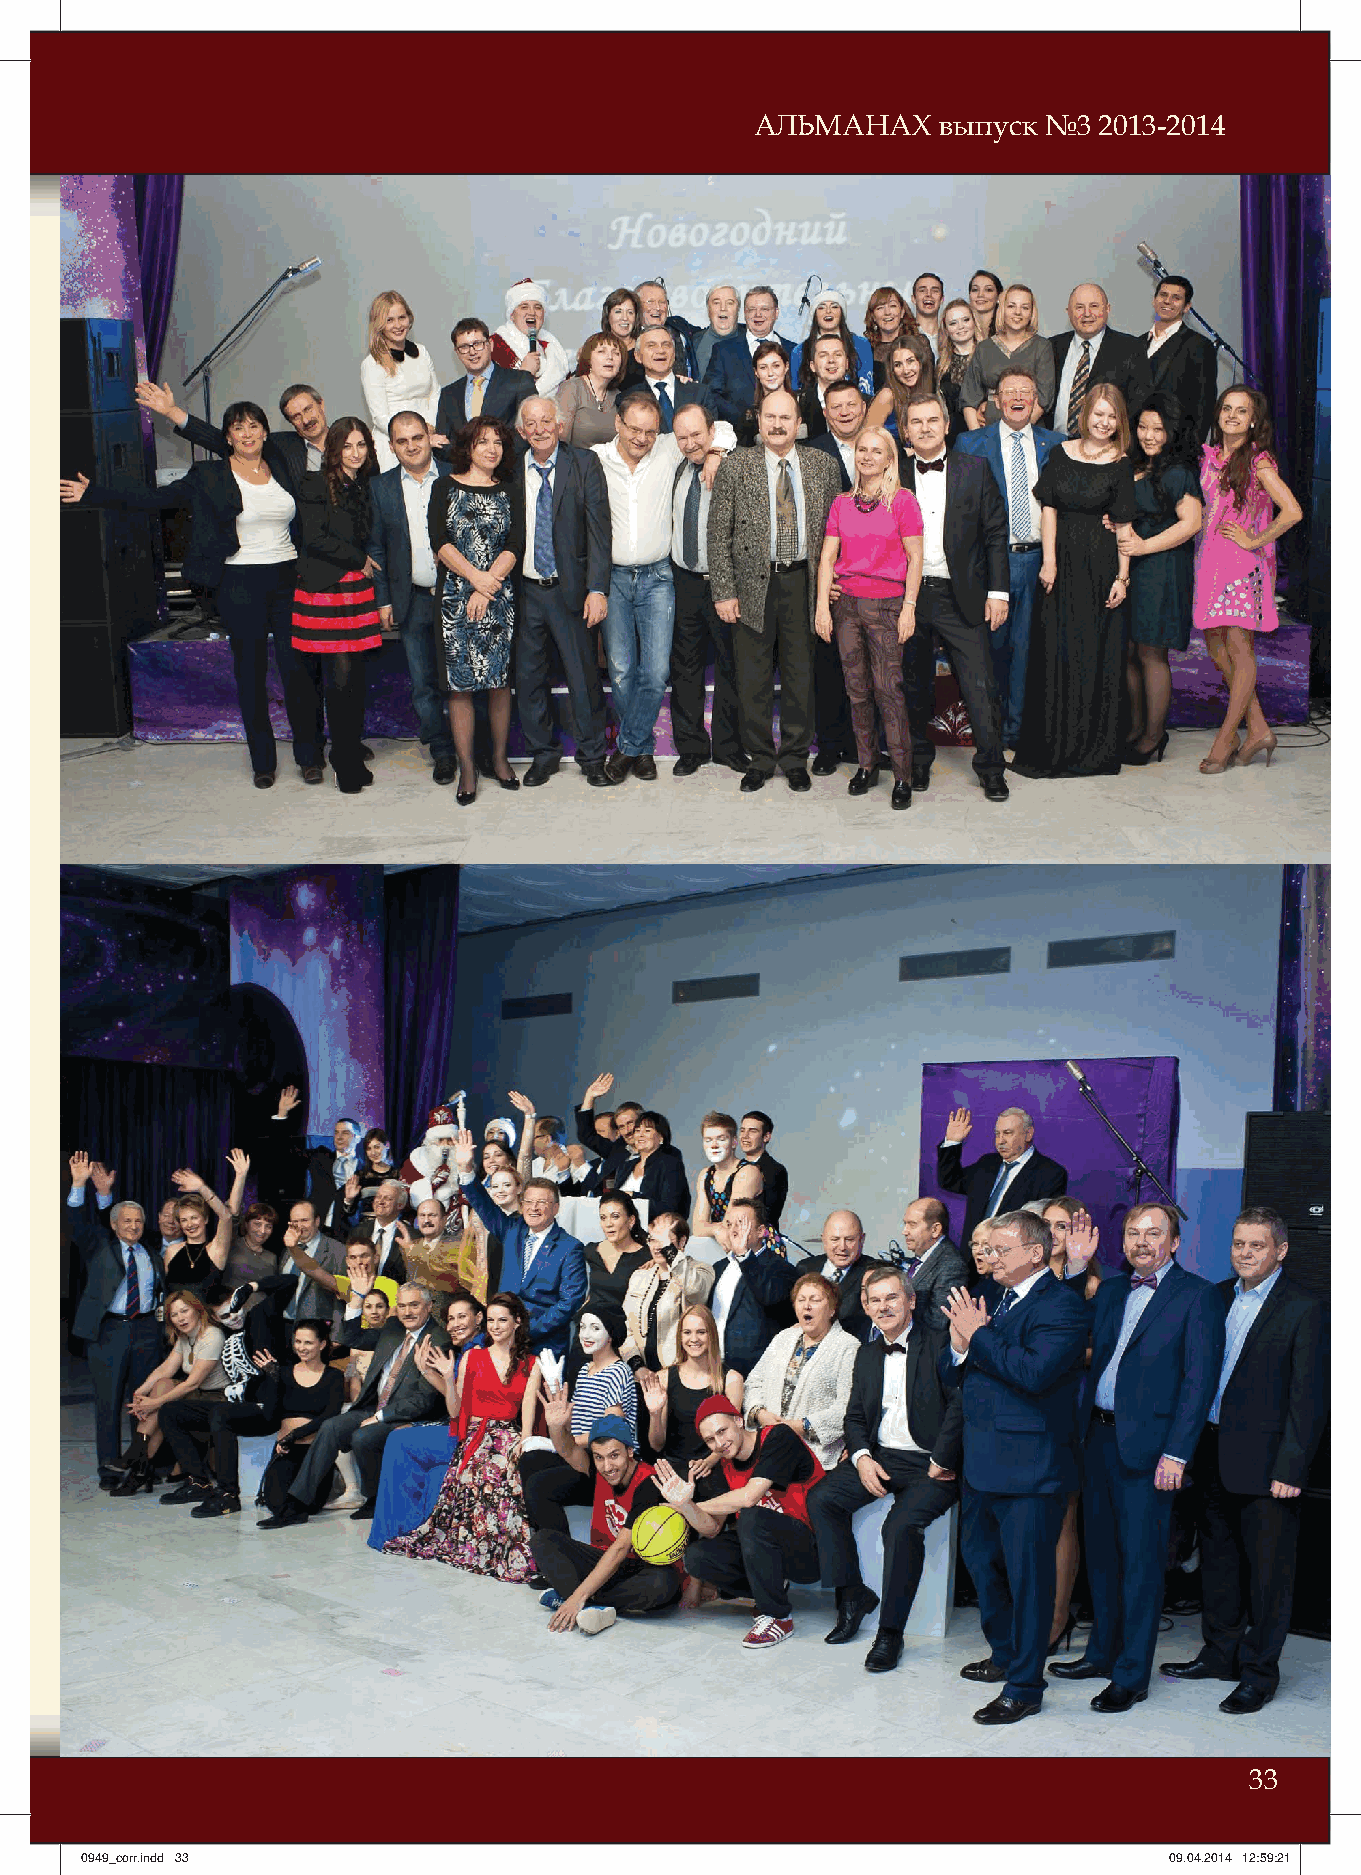
АЛЬМАНАХ    выпуск №3  2013-2014
 33
 00994499__ccoorrrr..iinndddd 3333                                       0099..0044..22001144 1122::5599::2211